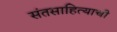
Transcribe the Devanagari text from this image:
संतसाहित्याची